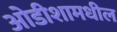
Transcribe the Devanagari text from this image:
ओडीशामधील